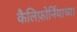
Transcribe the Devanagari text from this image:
कैलिफ़ोर्नियाच्या